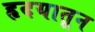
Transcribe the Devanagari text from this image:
हृदयातून